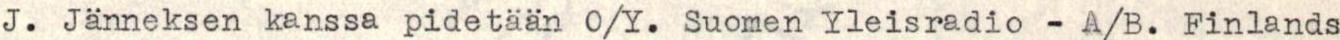
J. Jänneksen kanssa pidetään O/Y. Suomen Yleisradio - A/B. Finlands